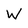
Character: W